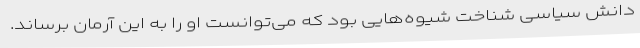
دانش سیاسی شناخت شیوه‌هایی بود که می‌توانست او را به این آرمان برساند.